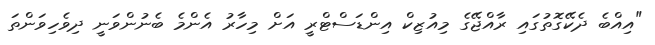
"އިއްބެ ދެކޭގޮތުގައި ރާއްޖޭގެ މިއުޒިކް އިންޑަސްޓްރީ އަށް މިހާރު އެންމެ ބެނުންވަނީ ދިވެހިވަންތަ